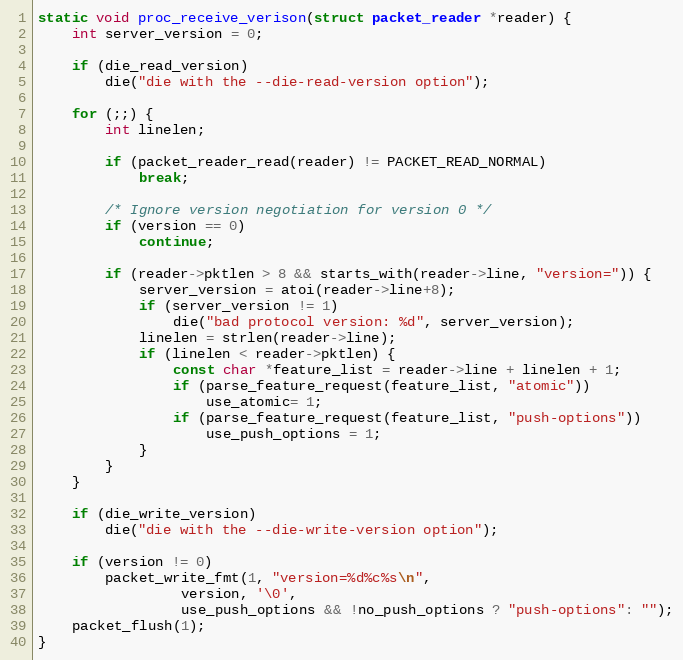
Language: C
static void proc_receive_verison(struct packet_reader *reader) {
	int server_version = 0;

	if (die_read_version)
		die("die with the --die-read-version option");

	for (;;) {
		int linelen;

		if (packet_reader_read(reader) != PACKET_READ_NORMAL)
			break;

		/* Ignore version negotiation for version 0 */
		if (version == 0)
			continue;

		if (reader->pktlen > 8 && starts_with(reader->line, "version=")) {
			server_version = atoi(reader->line+8);
			if (server_version != 1)
				die("bad protocol version: %d", server_version);
			linelen = strlen(reader->line);
			if (linelen < reader->pktlen) {
				const char *feature_list = reader->line + linelen + 1;
				if (parse_feature_request(feature_list, "atomic"))
					use_atomic= 1;
				if (parse_feature_request(feature_list, "push-options"))
					use_push_options = 1;
			}
		}
	}

	if (die_write_version)
		die("die with the --die-write-version option");

	if (version != 0)
		packet_write_fmt(1, "version=%d%c%s\n",
				 version, '\0',
				 use_push_options && !no_push_options ? "push-options": "");
	packet_flush(1);
}